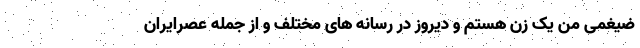
ضیغمی من یک زن هستم و دیروز در رسانه های مختلف و از جمله عصرایران